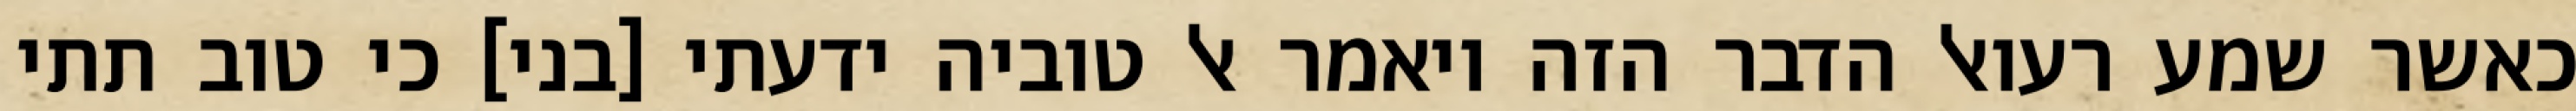
כאשר שמע רעואל הדבר הזה ויאמר אל טוביה ידעתי [בני] כי טוב תתי